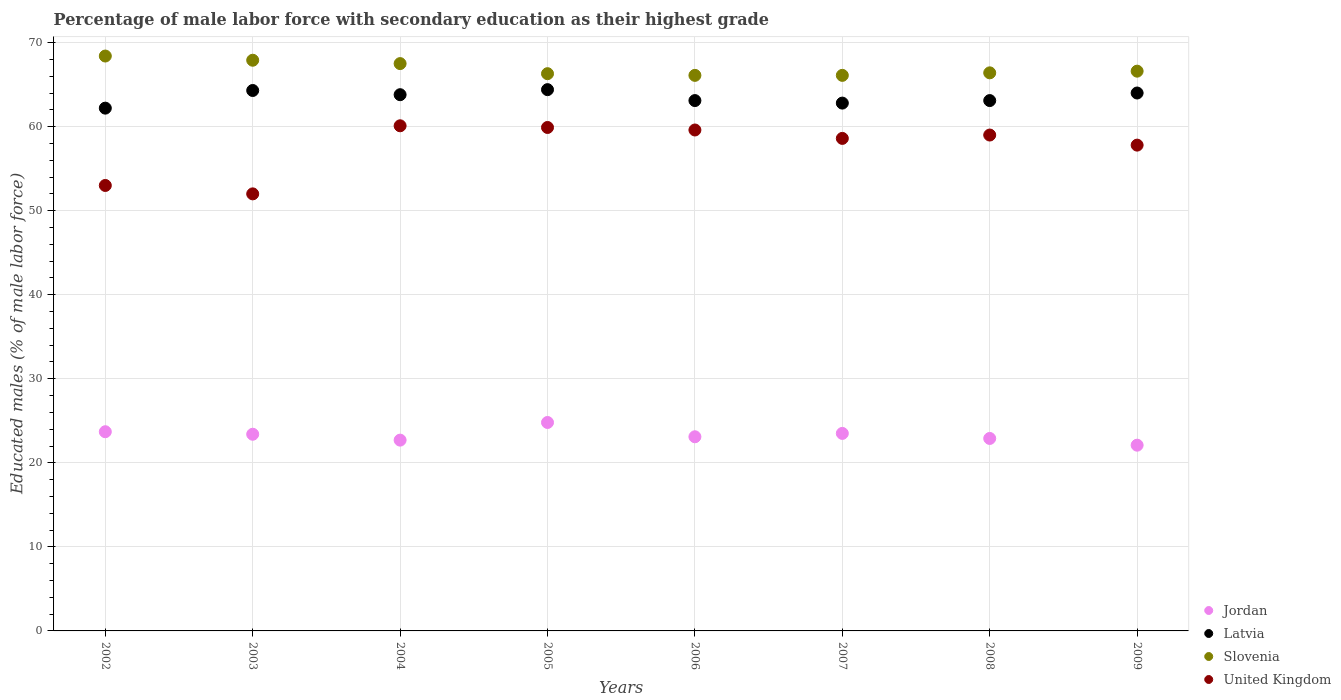
| Years | Jordan | Latvia | Slovenia | United Kingdom |
 | --- | --- | --- | --- | --- |
 | 2002 | 23.7 | 62.2 | 68.4 | 53 |
 | 2003 | 23.4 | 64.3 | 67.9 | 52 |
 | 2004 | 22.7 | 63.8 | 67.5 | 60.1 |
 | 2005 | 24.8 | 64.4 | 66.3 | 59.9 |
 | 2006 | 23.1 | 63.1 | 66.1 | 59.6 |
 | 2007 | 23.5 | 62.8 | 66.1 | 58.6 |
 | 2008 | 22.9 | 63.1 | 66.4 | 59 |
 | 2009 | 22.1 | 64 | 66.6 | 57.8 |